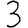
Digit: 3